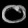
Digit: ၀